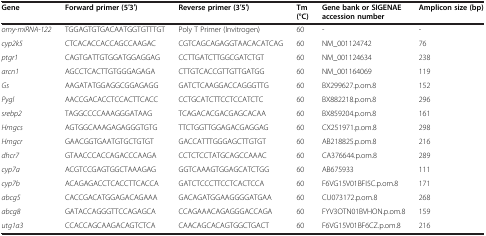
<table><thead><tr><td><b>Gene</b></td><td><b>Forward primer (5′3′)</b></td><td><b>Reverse primer (3′5′)</b></td><td><b>Tm (°C)</b></td><td><b>Gene bank or SIGENAE accession number</b></td><td><b>Amplicon size (bp)</b></td></tr></thead><tbody><tr><td><i>omy-miRNA-122</i></td><td>TGGAGTGTGACAATGGTGTTTGT</td><td>Poly T Primer (Invitrogen)</td><td>60</td><td>-</td><td>-</td></tr><tr><td><i>cyp2k5</i></td><td>CTCACACCACCAGCCAAGAC</td><td>CGTCAGCAGAGGTAACACATCAG</td><td>60</td><td>NM_001124742</td><td>76</td></tr><tr><td><i>ptgr1</i></td><td>CAGTGATTGTGGATGGAGGAG</td><td>CCTTGATCTTGGCGATCTGT</td><td>60</td><td>NM_001124634</td><td>238</td></tr><tr><td><i>arcn1</i></td><td>AGCCTCACTTGTGGGAGAGA</td><td>CTTGTCACCGTTGTTGATGG</td><td>60</td><td>NM_001164069</td><td>119</td></tr><tr><td><i>Gs</i></td><td>AAGATATGGAGGCGGAGAGG</td><td>GATCTCAAGGACCAGGGTTG</td><td>60</td><td>BX299627.p.om.8</td><td>152</td></tr><tr><td><i>Pygl</i></td><td>AACCGACACCTCCACTTCACC</td><td>CCTGCATCTTCCTCCATCTC</td><td>60</td><td>BX882218.p.om.8</td><td>296</td></tr><tr><td><i>srebp2</i></td><td>TAGGCCCCAAAGGGATAAG</td><td>TCAGACACGACGAGCACAA</td><td>60</td><td>BX859204.p.om.8</td><td>161</td></tr><tr><td><i>Hmgcs</i></td><td>AGTGGCAAAGAGAGGGTGTG</td><td>TTCTGGTTGGAGACGAGGAG</td><td>60</td><td>CX251971.p.om.8</td><td>298</td></tr><tr><td><i>Hmgcr</i></td><td>GAACGGTGAATGTGCTGTGT</td><td>GACCATTTGGGAGCTTGTGT</td><td>60</td><td>AB218825.p.om.8</td><td>216</td></tr><tr><td><i>dhcr7</i></td><td>GTAACCCACCAGACCCAAGA</td><td>CCTCTCCTATGCAGCCAAAC</td><td>60</td><td>CA376644.p.om.8</td><td>289</td></tr><tr><td><i>cyp7a</i></td><td>ACGTCCGAGTGGCTAAAGAG</td><td>GGTCAAAGTGGAGCATCTGG</td><td>60</td><td>AB675933</td><td>111</td></tr><tr><td><i>cyp7b</i></td><td>ACAGAGACCTCACCTTCACCA</td><td>GATCTCCCTTCCTCACTCCA</td><td>60</td><td>F6VG15V01BFI5C.p.om.8</td><td>171</td></tr><tr><td><i>abcg5</i></td><td>CACCGACATGGAGACAGAAA</td><td>GACAGATGGAAGGGGATGAA</td><td>60</td><td>CU073172.p.om.8</td><td>268</td></tr><tr><td><i>abcg8</i></td><td>GATACCAGGGTTCCAGAGCA</td><td>CCAGAAACAGAGGGACCAGA</td><td>60</td><td>FYV3OTN01BVHON.p.om.8</td><td>159</td></tr><tr><td><i>utg1a3</i></td><td>CCACCAGCAAGACAGTCTCA</td><td>CAACAGCACAGTGGCTGACT</td><td>60</td><td>F6VG15V01BF6CZ.p.om.8</td><td>216</td></tr></tbody></table>